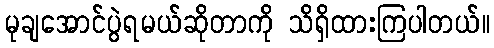
မုချအောင်ပွဲရမယ်ဆိုတာကို သိရှိထားကြပါတယ်။